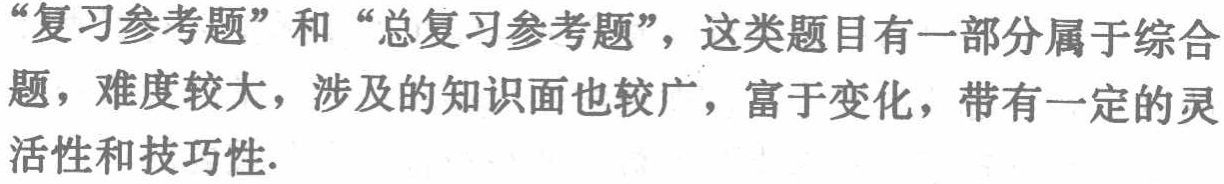
“复习参考题”和“总复习参考题”，这类题目有一部分属于综合题，难度较大，涉及的知识面也较广，富于变化，带有一定的灵活性和技巧性.